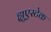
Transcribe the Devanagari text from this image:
ह्युएस्टेक